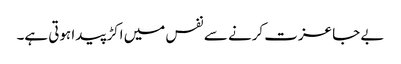
بے جا عزت کرنے سے نفس میں اکڑ پیدا ہوتی ہے۔